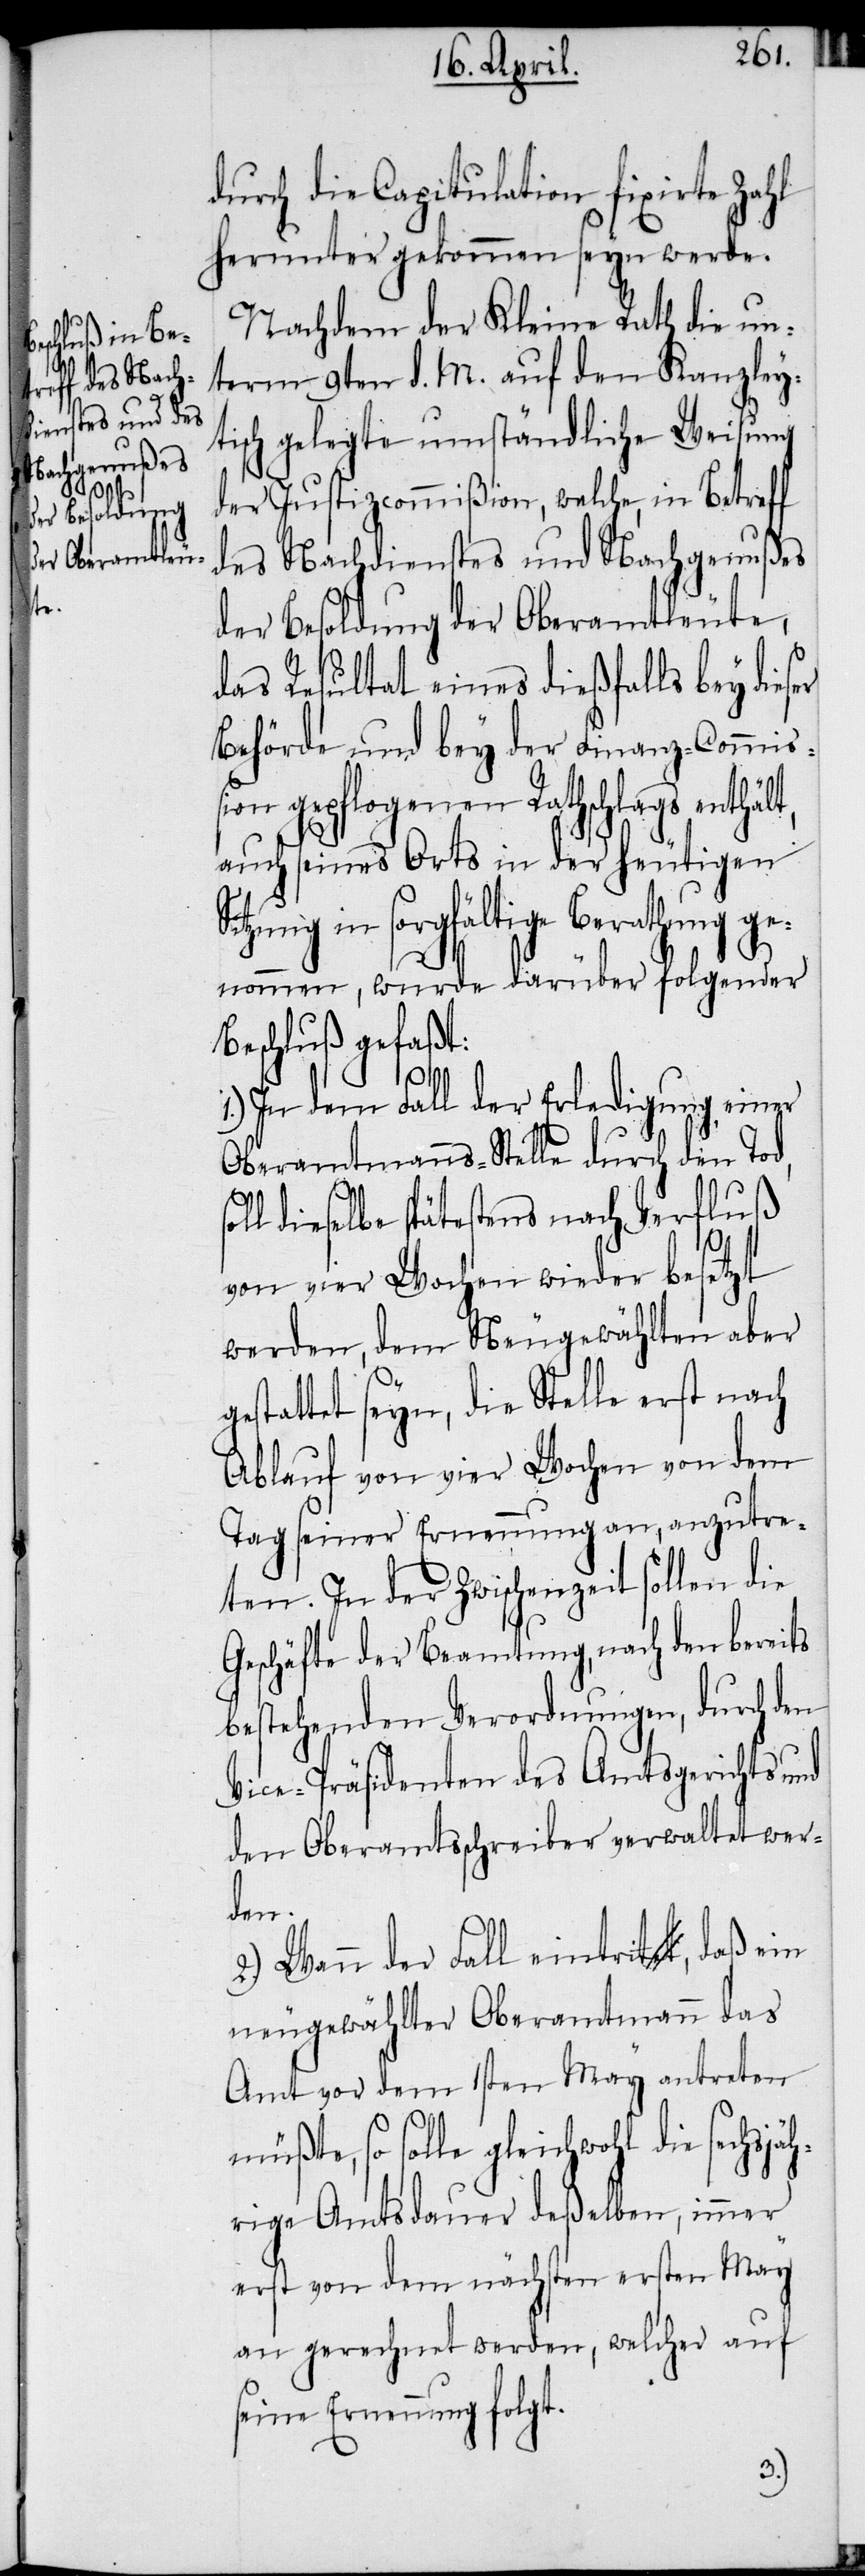
er

durch die Capitulation fixirte Zahl
herunter gekommen seyn werde.
Nachdem der Kleine Rath die un¬
term 9ten d. M. auf den Kanzley¬
tisch gelegte umständliche Weisung
der Justizcommißion, welche, in Betreff
des Nachdienstes und Nachgenußes
der Besoldung der Oberamtleute,
das Resultat eines dießfalls bey dies¬
Behörde und bey der Finanz-Commißi¬
on gepflogenen Rathschlags enthäl¬
auch seines Orts in der heutigen
in sorgfältige Berathung ge¬
nommen, wurde darüber folgender
Beschluß gefaßt:
1.) In dem Fall der Erledigung einer
Oberamtmanns-Stelle durch den Tod,
l dieselbe spätestens nach Verfluß
g¬
von vier Wochen wieder besetzt
werden, dem Neugewählten aber
estattet seyn, die Stelle erst nach
Ablauf von vier Wochen von dem
Tag seiner Ernennung an, anzutre¬
ten. In der Zwischenzeit sollen die
Geschäfte der Beamtung, nach den bereits
bestehenden Verordnungen, durch den
Vice-Präsidenten des Amtsgerichts und
den Oberamtsschreiber verwaltet wer¬
den.
2.) Wann der Fall eintrit, daß ein
neugewählter Oberamtmann das
Amt vor dem 1sten May antreten
müßte, so solle gleichwohl die sechsjä¬
hrige Amtsdauer deßelben, immer
erst von dem nächsten ersten May
an gerechnet werden, welcher auf
seine Ernennung folgt.